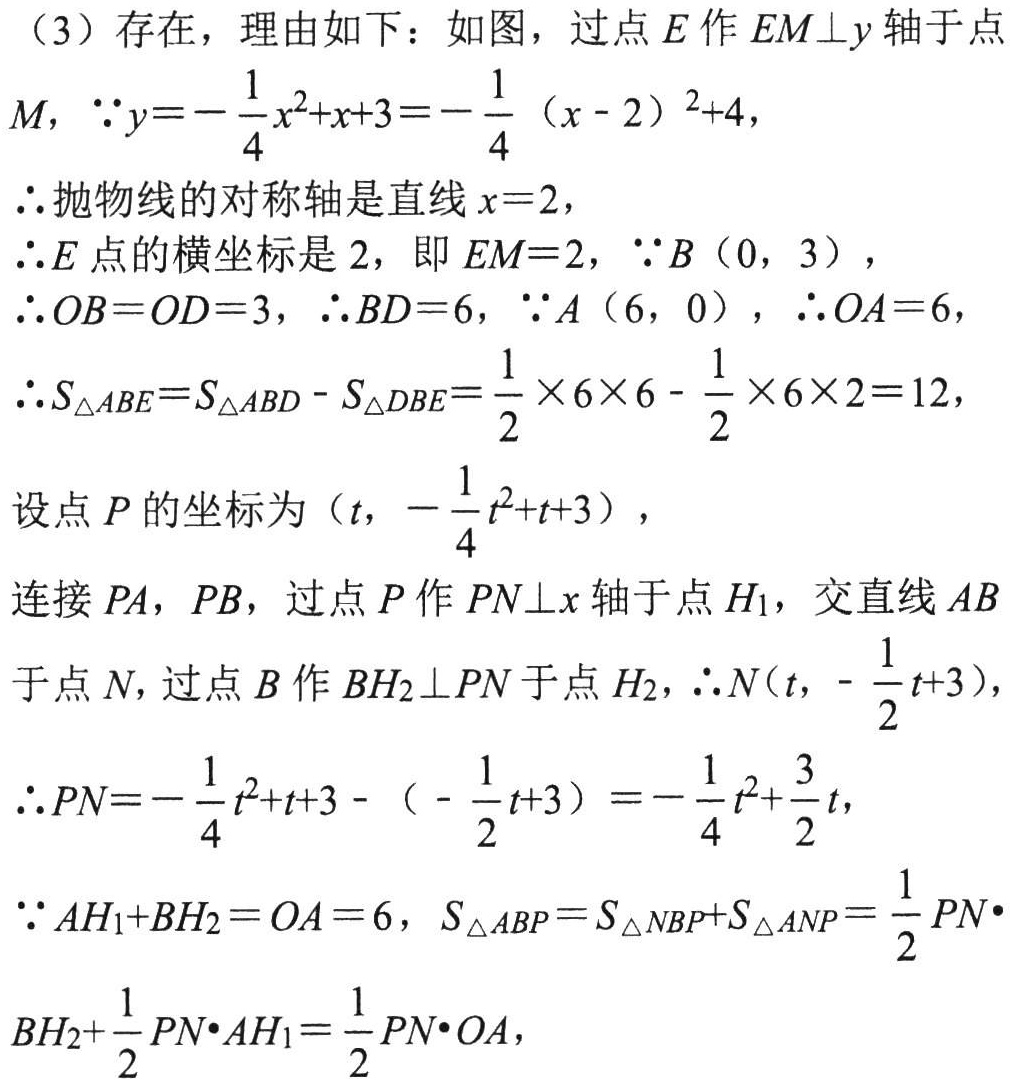
（3）存在，理由如下：如图，过点 \(E\) 作 \(EM\perp y\) 轴于点 \(M\)，\(\because y = -\frac{1}{4}x^{2}+x + 3=-\frac{1}{4}(x - 2)^{2}+4\)，
\(\therefore\)抛物线的对称轴是直线 \(x = 2\)，
\(\therefore E\) 点的横坐标是 \(2\)，即 \(EM = 2\)，\(\because B(0,3)\)，
\(\therefore OB = OD = 3\)，\(\therefore BD = 6\)，\(\because A(6,0)\)，\(\therefore OA = 6\)，
\(\therefore S_{\triangle ABE}=S_{\triangle ABD}-S_{\triangle DBE}=\frac{1}{2}\times6\times6-\frac{1}{2}\times6\times2 = 12\)，
设点 \(P\) 的坐标为 \((t,-\frac{1}{4}t^{2}+t + 3)\)，
连接 \(PA\)，\(PB\)，过点 \(P\) 作 \(PN\perp x\) 轴于点 \(H_{1}\)，交直线 \(AB\) 于点 \(N\)，过点 \(B\) 作 \(BH_{2}\perp PN\) 于点 \(H_{2}\)，\(\therefore N(t,-\frac{1}{2}t + 3)\)，
\(\therefore PN=-\frac{1}{4}t^{2}+t + 3-(-\frac{1}{2}t + 3)=-\frac{1}{4}t^{2}+\frac{3}{2}t\)，
\(\because AH_{1}+BH_{2}=OA = 6\)，\(S_{\triangle ABP}=S_{\triangle NBP}+S_{\triangle ANP}=\frac{1}{2}PN\cdot BH_{2}+\frac{1}{2}PN\cdot AH_{1}=\frac{1}{2}PN\cdot OA\)，